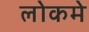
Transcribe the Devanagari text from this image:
लोकमे